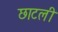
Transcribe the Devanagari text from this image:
छाटली